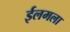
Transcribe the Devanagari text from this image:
ईलमला